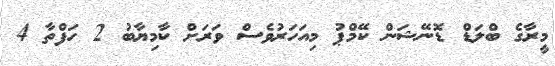
މީރާގެ ބްލަޑް ޑޮނޭޝަން ކޭމްޕު މިއަހަރުވެސް ވަރަށް ކާމިޔާބު 2 ހަފްތާ 4